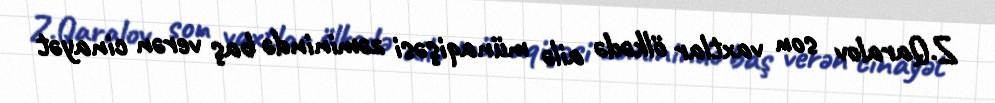
Z.Qaralov son vaxtlar ölkədə ailə münaqişəsi zəminində baş verən cinayət